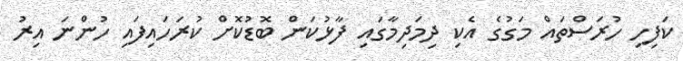
ކަފިހި ހުރަސްތައް މަގުގެ އެކި ދިމަދިމާގައި ފާޅުކަން ބޮޑުކޮށް ކުރަހައިފައި ހުންނަ އިރު